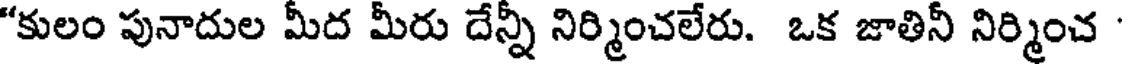
"కులం పునాదుల మీద మీరు దేన్నీ నిర్మించలేరు. ఒక జాతినీ నిర్మించ